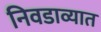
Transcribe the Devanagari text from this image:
निवडाव्यात